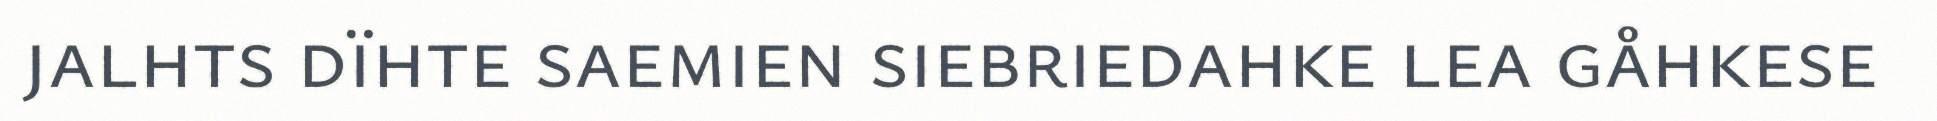
jalhts dïhte saemien siebriedahke lea gåhkese